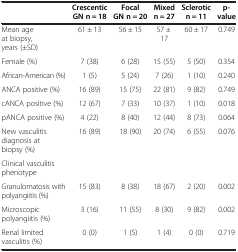
|  | Crescentic GN n = 18 | Focal GN n = 20 | Mixed n = 27 | Sclerotic n = 11 | p-value |
 | --- | --- | --- | --- | --- | --- |
 | Mean age at biopsy, years (±SD) | 61 ± 13 | 56 ± 15 | 57 ± 17 | 60 ± 17 | 0.749 |
 | Female (%) | 7 (38) | 6 (28) | 15 (55) | 5 (50) | 0.354 |
 | African-American (%) | 1 (5) | 5 (24) | 7 (26) | 1 (10) | 0.240 |
 | ANCA positive (%) | 16 (89) | 15 (75) | 22 (81) | 9 (82) | 0.749 |
 | cANCA positive (%) | 12 (67) | 7 (33) | 10 (37) | 1 (10) | 0.018 |
 | pANCA positive (%) | 4 (22) | 8 (40) | 12 (44) | 8 (73) | 0.064 |
 | New vasculitis diagnosis at biopsy (%) | 16 (89) | 18 (90) | 20 (74) | 6 (55) | 0.076 |
 | Clinical vasculitis phenotype |  |  |  |  |  |
 | Granulomatosis with polyangiitis (%) | 15 (83) | 8 (38) | 18 (67) | 2 (20) | 0.002 |
 | Microscopic polyangiitis (%) | 3 (16) | 11 (55) | 8 (30) | 9 (82) | 0.002 |
 | Renal limited vasculitis (%) | 0 (0) | 1 (5) | 1 (4) | 0 (0) | 0.719 |